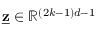
\underline { { \mathbf { z } } } \in \mathbb { R } ^ { ( 2 k - 1 ) d - 1 }